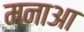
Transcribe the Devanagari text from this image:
मनाआ